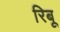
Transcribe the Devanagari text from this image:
रिबू